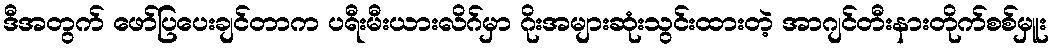
ဒီအတွက် ဖော်ပြပေးချင်တာက ပရီးမီးယားလိဂ်မှာ ဂိုးအများဆုံးသွင်းထားတဲ့ အာဂျင်တီးနားတိုက်စစ်မှူး